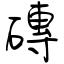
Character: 磚